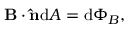
\mathbf { B } \cdot \mathbf { \hat { n } } \mathrm { d } A = \mathrm { d } \Phi _ { B } , \,